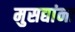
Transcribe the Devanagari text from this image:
मुसद्यांना